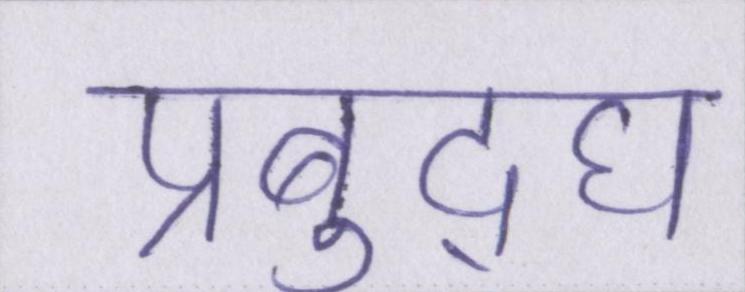
प्रबुद्घ